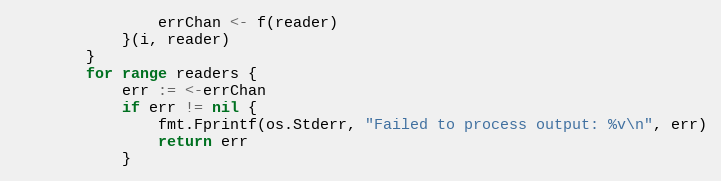
Language: Go
				errChan <- f(reader)
			}(i, reader)
		}
		for range readers {
			err := <-errChan
			if err != nil {
				fmt.Fprintf(os.Stderr, "Failed to process output: %v\n", err)
				return err
			}